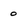
Character: 0